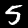
Digit: 5